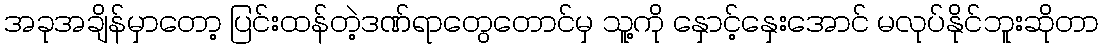
အခုအချိန်မှာတော့ ပြင်းထန်တဲ့ဒဏ်ရာတွေတောင်မှ သူ့ကို နှောင့်နှေးအောင် မလုပ်နိုင်ဘူးဆိုတာ